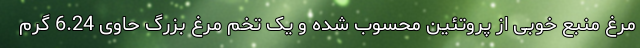
مرغ منبع خوبی از پروتئین محسوب شده و یک تخم مرغ بزرگ حاوی 6.24 گرم